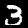
Digit: 3